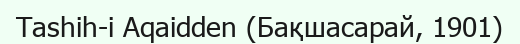
Tashih-i Aqaidden (Бақшасарай, 1901)